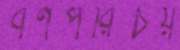
বর্ণপরিচয়